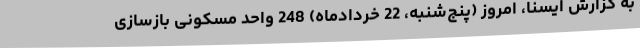
به گزارش ایسنا، امروز (پنج‌شنبه، 22 خردادماه) 248 واحد مسکونی بازسازی